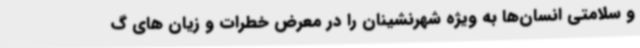
و سلامتی انسان‌ها به ویژه شهرنشینان را در معرض خطرات و زیان های گ